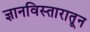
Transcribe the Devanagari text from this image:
ज्ञानविस्तारातून